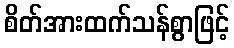
စိတ်အားထက်သန်စွာဖြင့်